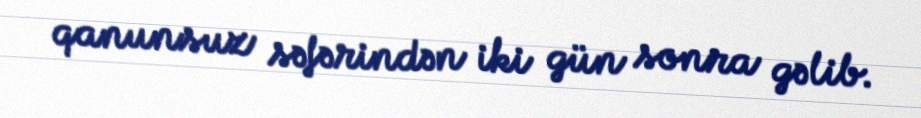
qanunsuz səfərindən iki gün sonra gəlib.